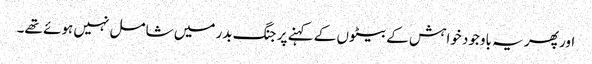
اور پھر یہ باوجود خواہش کے بیٹوں کے کہنے پر جنگ بدر میں شامل نہیں ہوئے تھے۔